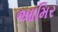
આમિર